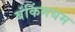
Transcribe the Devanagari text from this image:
बंकिंमघम